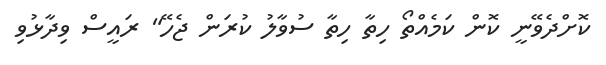
ކޮށްދެވޭނީ ކޮން ކަމެއްތޯ ހިތާ ހިތާ ސުވާލު ކުރަން ޖެހޭ" ރައީސް ވިދާޅުވި